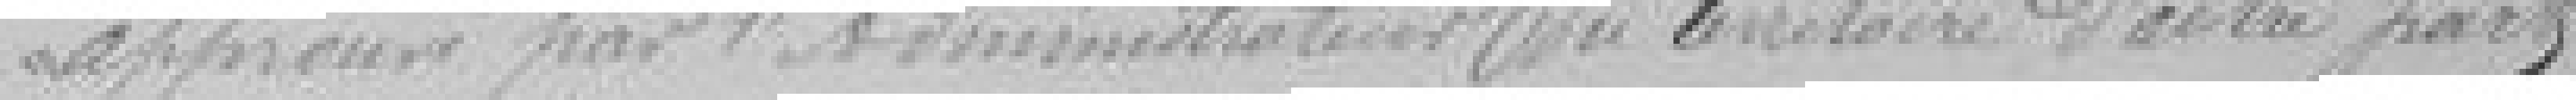
approuvé par l'administrateur du Territoire d'autre part